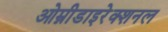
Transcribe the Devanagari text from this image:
ओम्नीडाइरेक्शनल